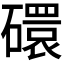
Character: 𬒥